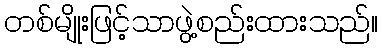
တစ်မျိုးဖြင့်သာဖွဲ့စည်းထားသည်။